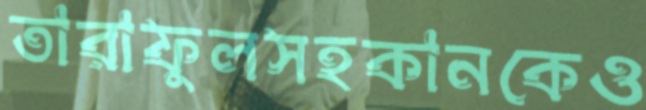
তারাফুলসহকানকেও